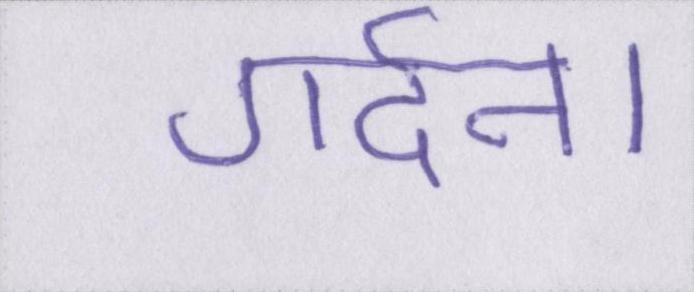
गर्दन।